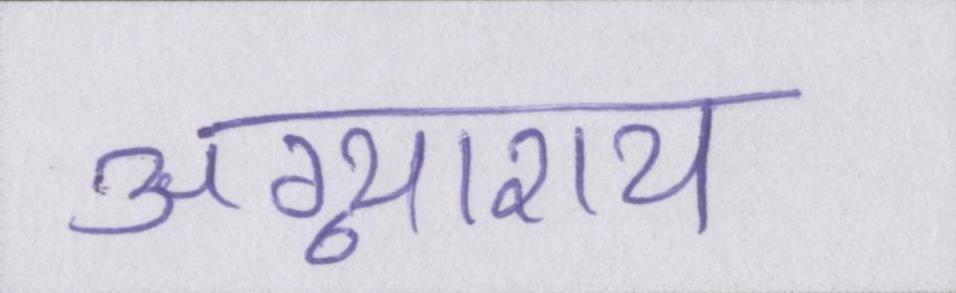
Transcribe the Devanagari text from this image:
अग्न्याशय